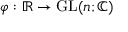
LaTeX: \varphi : \mathbb { R } \rightarrow \mathrm { G L } ( n ; \mathbb { C } )